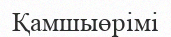
Қамшыөрімі